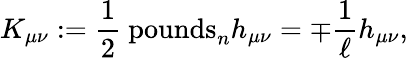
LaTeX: K_{\mu\nu}:=\frac{1}{2}\mathrm{\ pounds}_{n}h_{\mu\nu}=\mp\frac{1}{\ell}h_{\mu\nu},